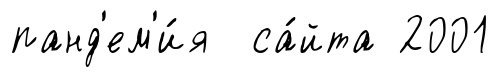
панд'ем'и́я са́йта 2001